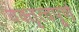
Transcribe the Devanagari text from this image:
वक्तृत्वपूर्ण